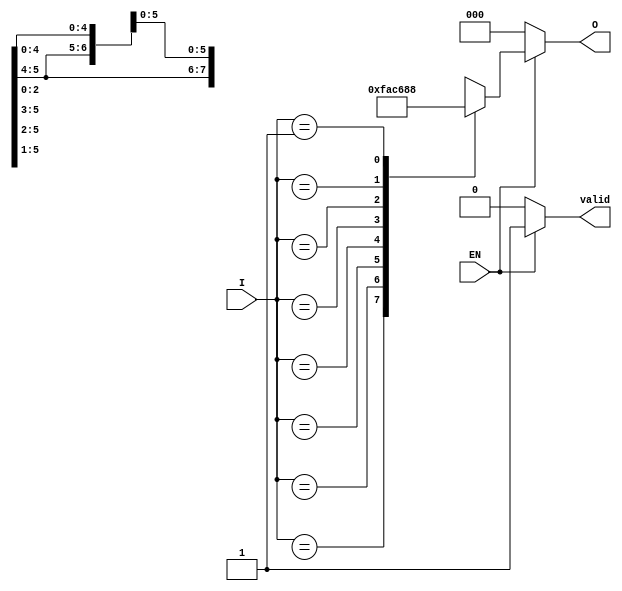
module priority_encoder (
    input wire [7:0] I,   // 8 input lines
    input wire EN,        // Enable signal
    output reg [2:0] O,   // 3 output lines
    output reg valid      // Valid output signal
);

// Combinational always block to implement the encoder logic
always @(*) begin
    if (!EN) begin
        O = 3'b000;        // Set outputs to 0 when not enabled
        valid = 1'b0;     // Valid signal low when disabled
    end else begin
        // Default output and valid signal
        O = 3'b000;
        valid = 1'b1;

        // Priority encoding
        casez (I)         // casez allows for 'z' or 'x' states in inputs
            8'b1xxxxxxx: O = 3'b111; // I7
            8'b01xxxxxx: O = 3'b110; // I6
            8'b001xxxxx: O = 3'b101; // I5
            8'b0001xxxx: O = 3'b100; // I4
            8'b00001xxx: O = 3'b011; // I3
            8'b000001xx: O = 3'b010; // I2
            8'b0000001x: O = 3'b001; // I1
            8'b00000001: O = 3'b000; // I0
            default: O = 3'bxxx;      // Undefined state (when I is 'z' or 'x')
        endcase
    end
end

endmodule